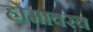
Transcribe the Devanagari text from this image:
होमावरच